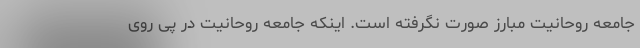
جامعه روحانیت مبارز صورت نگرفته است. اینکه جامعه روحانیت در پی روی